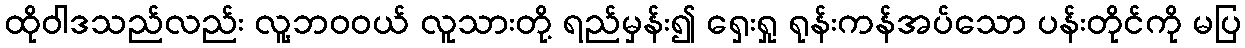
ထိုဝါဒသည်လည်း လူ့ဘဝဝယ် လူသားတို့ ရည်မှန်း၍ ရှေးရှု ရုန်းကန်အပ်သော ပန်းတိုင်ကို မပြ